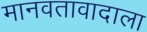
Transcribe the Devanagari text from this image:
मानवतावादाला